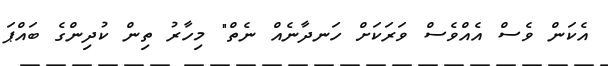
އެކަން ވެސް އެއްވެސް ވަރަކަށް ހަނދާނެއް ނެތް" މިހާރު ތިން ކުދިންގެ ބައްޕަ